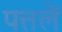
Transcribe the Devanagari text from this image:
पत्तलें